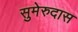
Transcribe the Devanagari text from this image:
सुमेरुदास